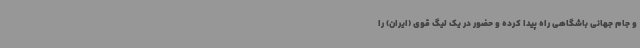
و جام جهانی باشگاهی راه پیدا کرده و حضور در یک لیگ قوی (ایران) را